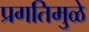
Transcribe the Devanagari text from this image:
प्रगतिमुळे